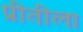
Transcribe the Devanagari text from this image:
प्रीतीला